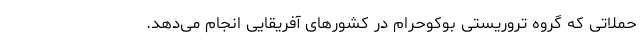
حملاتی که گروه تروریستی بوکوحرام در کشورهای آفریقایی انجام می‌دهد.